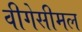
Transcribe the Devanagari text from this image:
वीगेसीमल